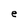
Character: e